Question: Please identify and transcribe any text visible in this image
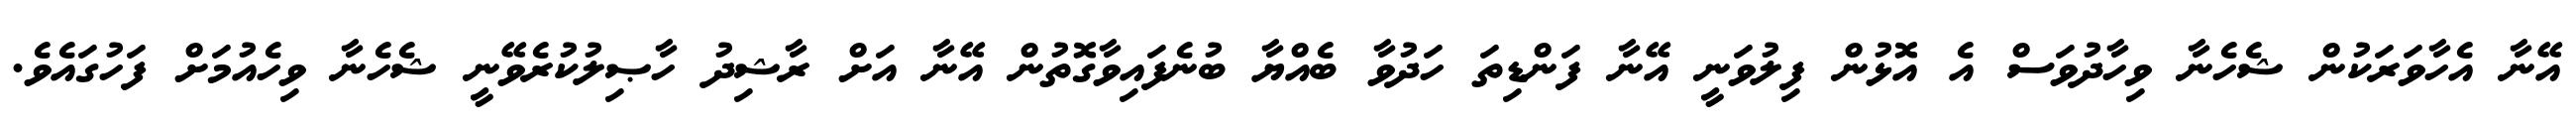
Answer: އޭނާ އެހާވަރަކުން ޝެހެނާ ވިހާދުވަސް އެ އޮޅުން ފިލުވަނީ އޭނާ ފަންޑިތަ ހަދުވާ ބެއްޔާ ބުނެފައިވާގޮތުން އޭނާ އަށް ރާޝިދު ހާޞިލުކުރެވޭނީ ޝެހެނާ ވިހެއުމަށް ފަހުގައެވެ.